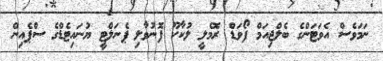
ނަމަވެސް އެވަޓަންގެ ބެލްޖިއަމް ފޯވަޑް ރޮމެލީ ލުކާކޫ ފޮނުވާލި ޕެނަލްޓީ ޔުނައިޓެޑްގެ ސްޕެއިން